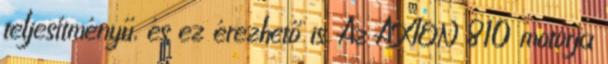
teljesítményű, és ez érezhető is. Az AXION 810 motorja